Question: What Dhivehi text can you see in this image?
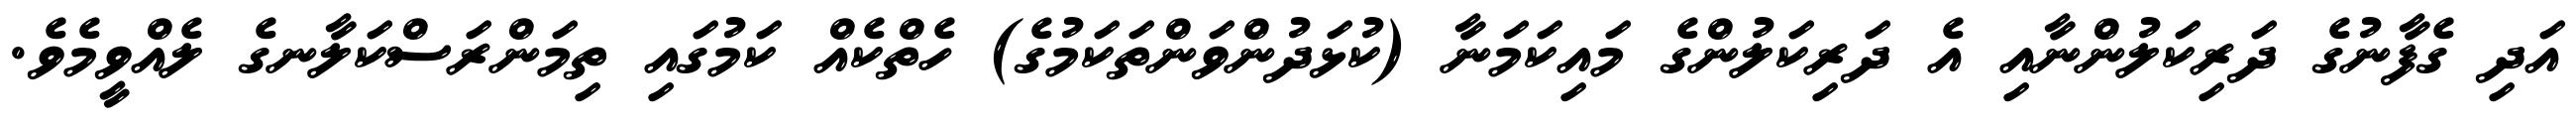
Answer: އަދި ގެފާނުގެ ދަރިކަލުންނާއި އެ ދަރިކަލުންގެ މައިކަމަނާ (ކުޅަދުންވަންތަކަމުގެ) ހެތްކެއް ކަމުގައި ތިމަންރަސްކަލާނގެ ލެއްވީމެވެ.